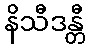
နိသီဒန္တီ